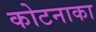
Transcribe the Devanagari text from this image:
कोटनाका